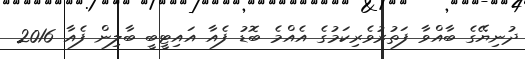
ދުނިޔޭގެ ބާއްވާ ފަތުރުވެރިކަމުގެ އެއްމެ ބޮޑު ފެއާ އައިޓީބީ ބާލިން ފެއާ 2016